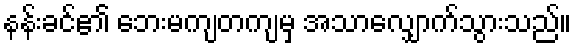
နန်းခင်၏ ဘေးမကျတကျမှ အသာလျှောက်သွားသည်။